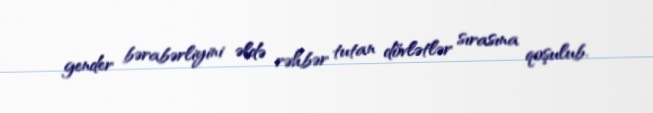
gender bərabərliyini əldə rəhbər tutan dövlətlər sırasına qoşulub.